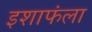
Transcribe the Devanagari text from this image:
इशाफंला